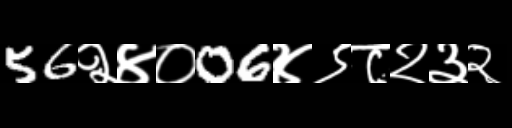
Text: 56२४०06४९८२३२